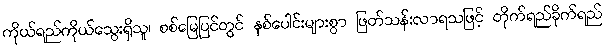
ကိုယ်ရည်ကိုယ်သွေးရှိသူ၊ စစ်မြေပြင်တွင် နှစ်ပေါင်းများစွာ ဖြတ်သန်းလာရသဖြင့် တိုက်ရည်ခိုက်ရည်